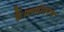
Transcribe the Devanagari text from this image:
हैं।रूपांतरण